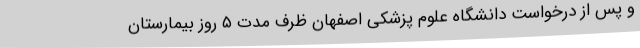
و پس از درخواست دانشگاه علوم پزشکی اصفهان ظرف مدت ۵ روز بیمارستان